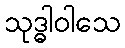
သုဒ္ဓါဝါသေ